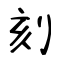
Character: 刻